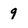
Character: 9